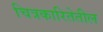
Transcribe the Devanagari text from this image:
चित्रकारितेतील